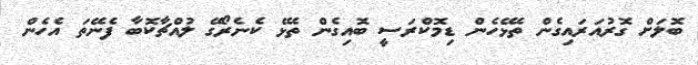
ބޮލަށް ގޮރުއަރައިގެން ތެޅޭހެން ޑިމޮކްރަސީ ބޮއިގެން ތެޅޭ ކެނެރޯގޭ ލުއްޗާކޮބާ ފެނޭތަ އެހެން